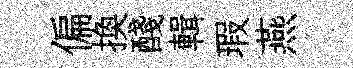
偏换醆輯瑕燕